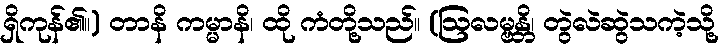
ရှိကုန်၏။) တာနိ ကမ္မာနိ၊ ထို ကံတို့သည်။ (ဩလမ္ဗန္တိ၊ တွဲလဲဆွဲသကဲ့သို့